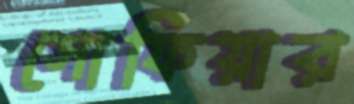
সোফিয়ার